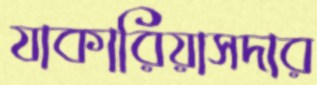
যাকারিয়াসদার